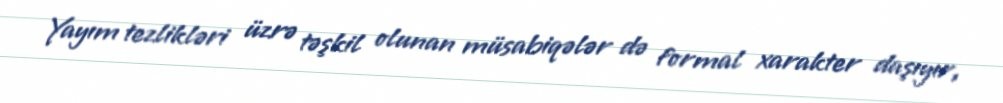
Yayım tezlikləri üzrə təşkil olunan müsabiqələr də formal xarakter daşıyır,